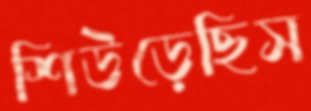
শিউড়েছিস